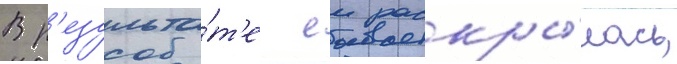
В р'езульта́т'е еи раскры́лась